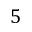
5